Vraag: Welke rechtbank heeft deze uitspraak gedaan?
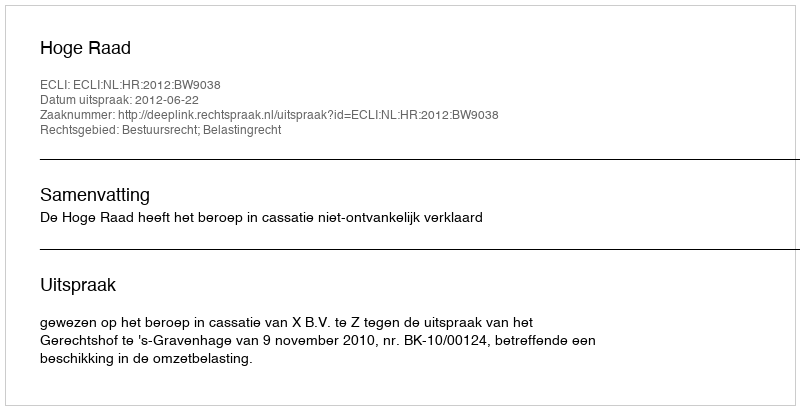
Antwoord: Hoge Raad